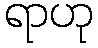
ရာဟု